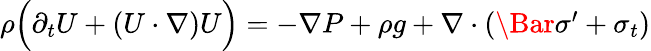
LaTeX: \begin{array}{r}{\rho\Big(\partial_{t}U+(U\cdot\nabla)U\Big)=-\nabla P+\rho g+\nabla\cdot(\Bar{\sigma}^{\prime}+\sigma_{t})}\end{array}